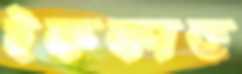
ইফফাত